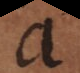
a